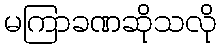
မကြာခဏဆိုသလို